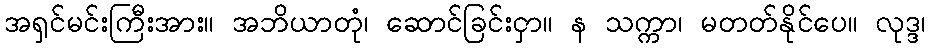
အရှင်မင်းကြီးအား။ အဘိယာတုံ၊ ဆောင်ခြင်းငှာ။ န သက္ကာ၊ မတတ်နိုင်ပေ။ လုဒ္ဒ၊